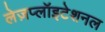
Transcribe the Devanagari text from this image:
लेज़प्लॉइटेशनल